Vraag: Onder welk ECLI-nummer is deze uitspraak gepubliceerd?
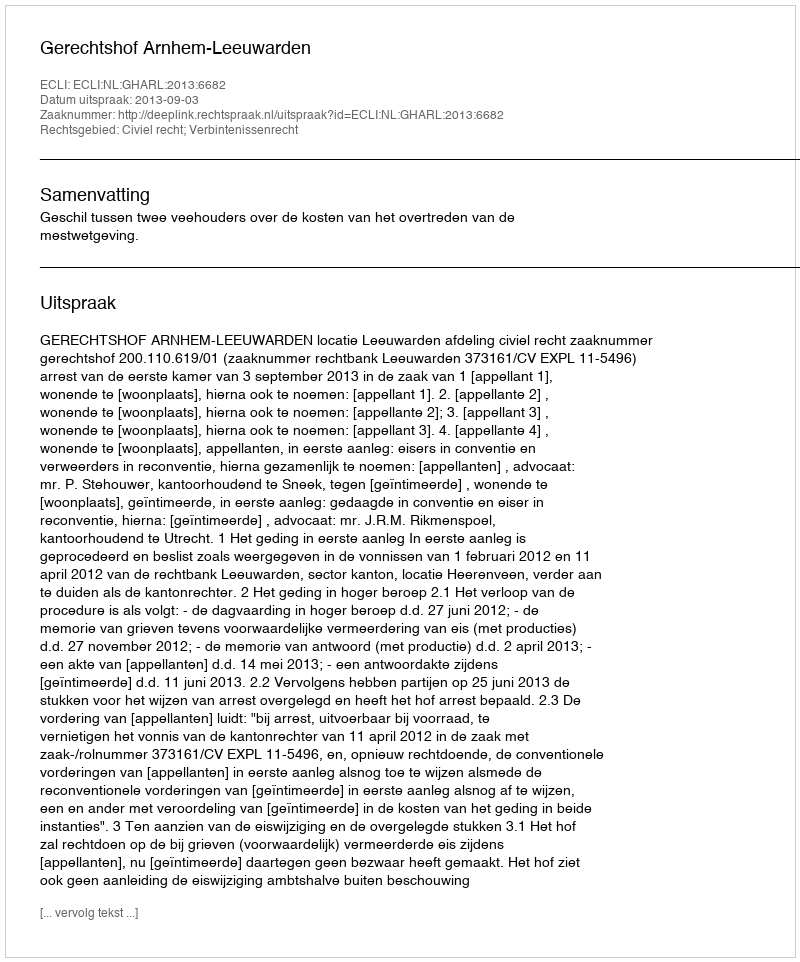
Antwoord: ECLI:NL:GHARL:2013:6682